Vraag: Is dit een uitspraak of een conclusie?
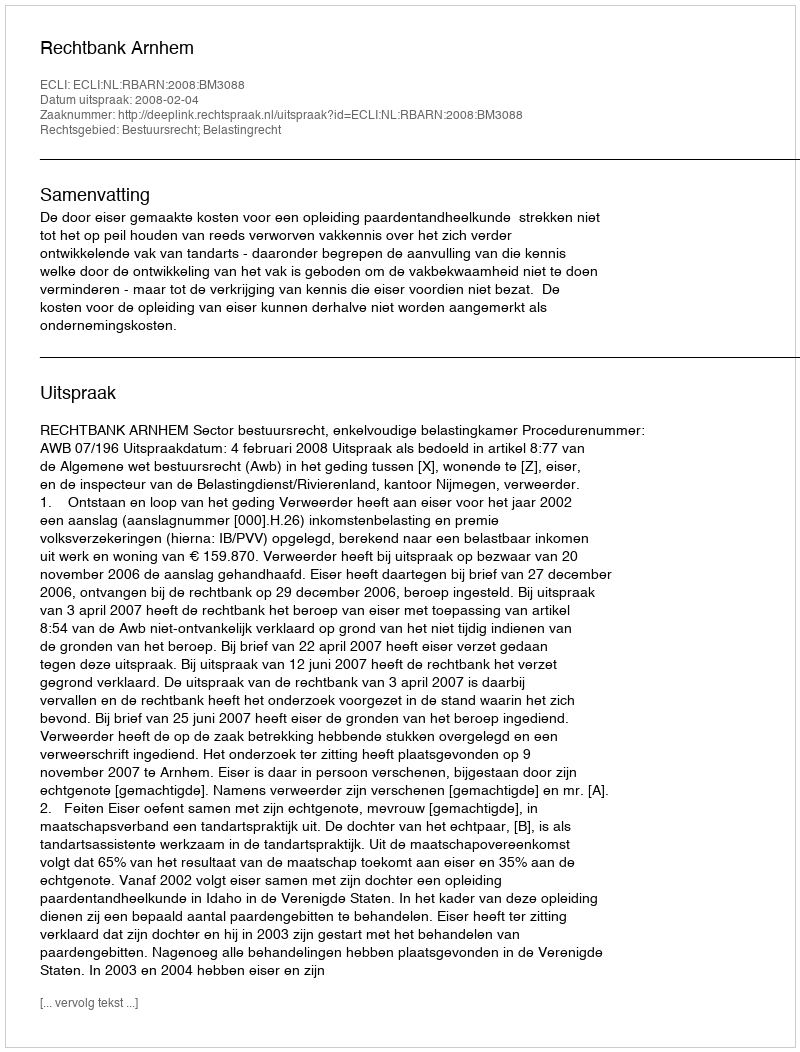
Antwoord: Uitspraak